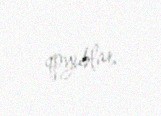
qoyublar.